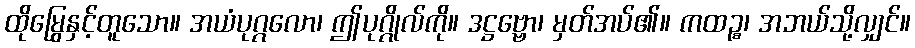
ထိုမြွေနှင့်တူသော။ အယံပုဂ္ဂလော၊ ဤပုဂ္ဂိုလ်ကို။ ဒဋ္ဌဗ္ဗော၊ မှတ်အပ်၏။ ကထဉ္စ၊ အဘယ်သို့လျှင်။